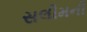
સલીમની